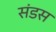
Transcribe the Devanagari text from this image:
संडस